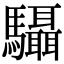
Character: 䯀